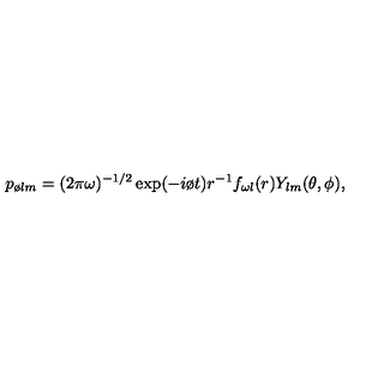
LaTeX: p _ { \o l m } = ( 2 \pi \omega ) ^ { - 1 / 2 } \exp ( - i \o t ) r ^ { - 1 } f _ { \omega l } ( r ) Y _ { l m } ( \theta , \phi ) ,